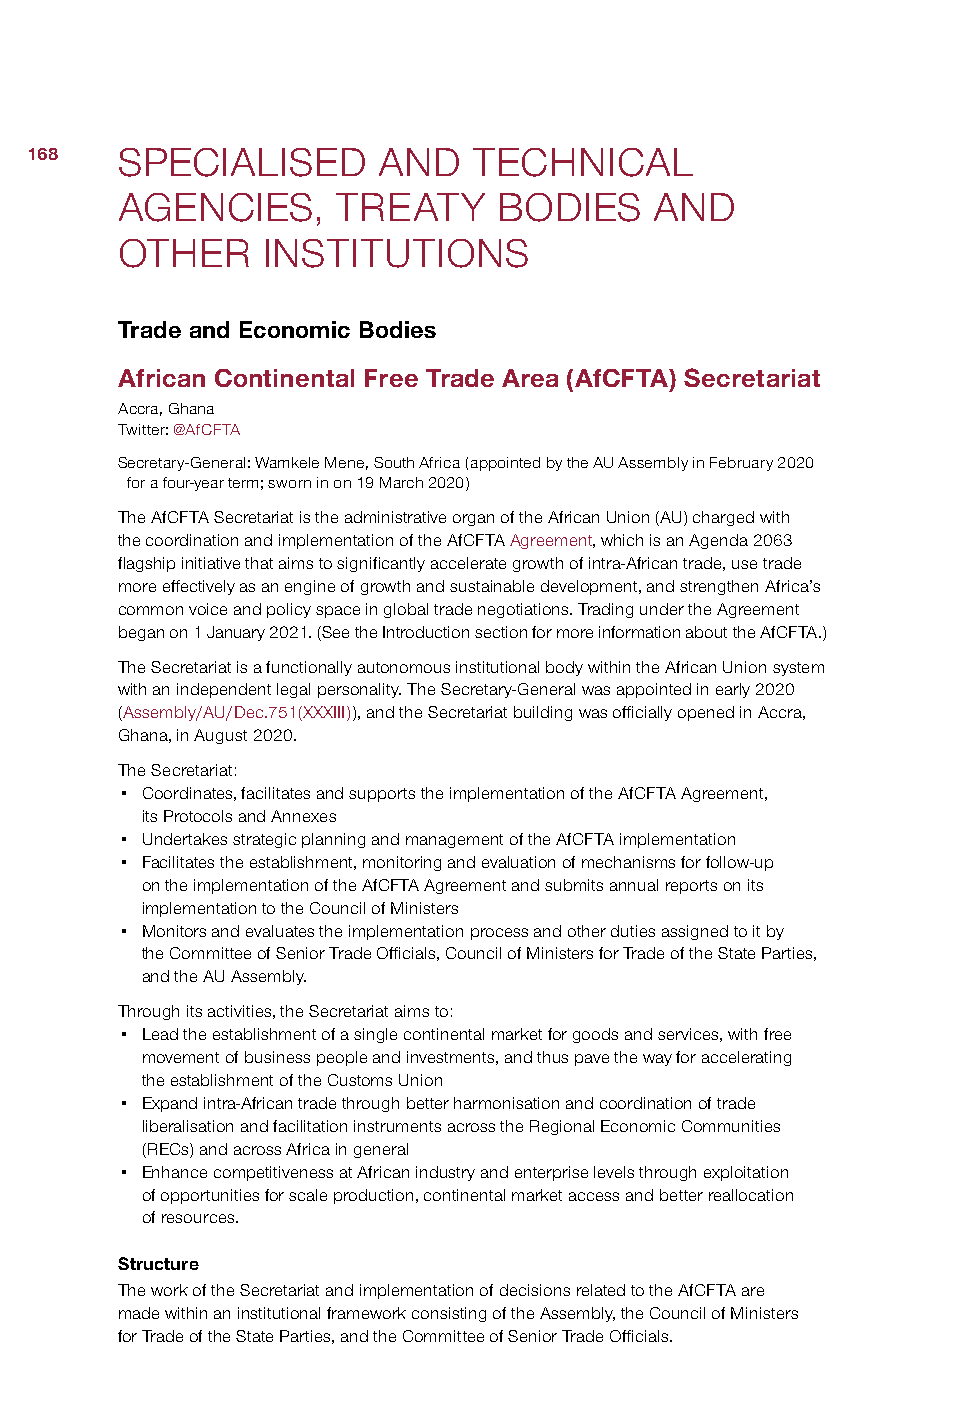
168   SPECIALISED      AND   TECHNICAL
 AGENCIES,     TREATY     BODIES    AND
 OTHER    INSTITUTIONS
 Trade and Economic Bodies
 African Continental Free Trade Area (AfCFTA) Secretariat
 Accra, Ghana
 Twitter: @AfCFTA
 Secretary-General: Wamkele Mene, South Africa (appointed by the AU Assembly in February 2020
 for a four-year term; sworn in on 19 March 2020)
 The AfCFTA Secretariat is the administrative organ of the African Union (AU) charged with
 the coordination and implementation of the AfCFTA Agreement, which is an Agenda 2063
 flagship initiative that aims to significantly accelerate growth of intra-African trade, use trade
 more effectively as an engine of growth and sustainable development, and strengthen Africa’s
 common voice and policy space in global trade negotiations. Trading under the Agreement
 began on 1 January 2021. (See the Introduction section for more information about the AfCFTA.)
 The Secretariat is a functionally autonomous institutional body within the African Union system
 with an independent legal personality. The Secretary-General was appointed in early 2020
 (Assembly/AU/Dec.751(XXXIII)), and the Secretariat building was officially opened in Accra,
 Ghana, in August 2020.
 The Secretariat:
 • Coordinates, facilitates and supports the implementation of the AfCFTA Agreement,
 its Protocols and Annexes
 • Undertakes strategic planning and management of the AfCFTA implementation
 • Facilitates the establishment, monitoring and evaluation of mechanisms for follow-up
 on the implementation of the AfCFTA Agreement and submits annual reports on its
 implementation to the Council of Ministers
 • Monitors and evaluates the implementation process and other duties assigned to it by
 the Committee of Senior Trade Officials, Council of Ministers for Trade of the State Parties,
 and the AU Assembly.
 Through its activities, the Secretariat aims to:
 • Lead the establishment of a single continental market for goods and services, with free
 movement of business people and investments, and thus pave the way for accelerating
 the establishment of the Customs Union
 • Expand intra-African trade through better harmonisation and coordination of trade
 liberalisation and facilitation instruments across the Regional Economic Communities
 (RECs) and across Africa in general
 • Enhance competitiveness at African industry and enterprise levels through exploitation
 of opportunities for scale production, continental market access and better reallocation
 of resources.
 Structure
 The work of the Secretariat and implementation of decisions related to the AfCFTA are
 made within an institutional framework consisting of the Assembly, the Council of Ministers
 for Trade of the State Parties, and the Committee of Senior Trade Officials.